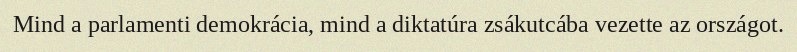
Mind a parlamenti demokrácia, mind a diktatúra zsákutcába vezette az országot.